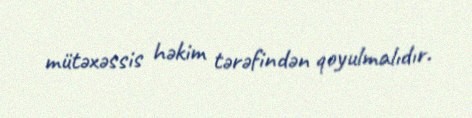
mütəxəssis həkim tərəfindən qoyulmalıdır.